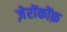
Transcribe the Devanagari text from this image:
ज़ेरोंकोंफ़